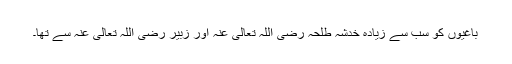
باغیوں کو سب سے زیادہ خدشہ طلحہ رضی اللہ تعالی عنہ اور زبیر رضی اللہ تعالی عنہ سے تھا۔